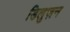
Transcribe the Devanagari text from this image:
डिलुज़न